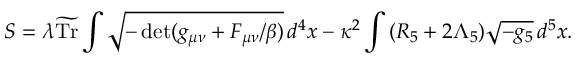
S = \lambda \widetilde { \mathrm { T r } } \int \sqrt { - \operatorname * { d e t } ( g _ { \mu \nu } + F _ { \mu \nu } / \beta ) } \, d ^ { 4 } x - \kappa ^ { 2 } \int \, ( R _ { 5 } + 2 \Lambda _ { 5 } ) \sqrt { - g _ { 5 } } \, d ^ { 5 } x .